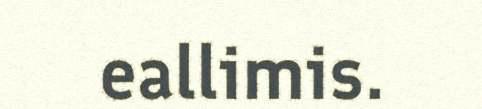
eallimis.